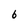
Character: 6